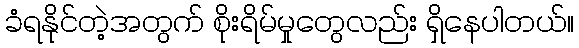
ခံရနိုင်တဲ့အတွက် စိုးရိမ်မှုတွေလည်း ရှိနေပါတယ်။